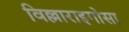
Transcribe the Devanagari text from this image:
विल्लाराइगोसा